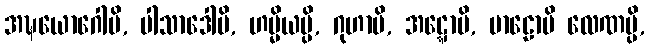
အဍ္ဎယောဂေါပိ, ပါသာဒေါပိ, ဟမ္မိယမ္ပိ, ဂုဟာပိ, အဋ္ဋောပိ, မာဠောပိ လေဏမ္ပိ,